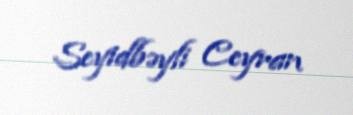
Seyidbəyli Ceyran